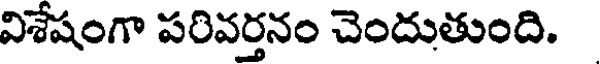
విశేషంగా పరివర్తనం చెందుతుంది.